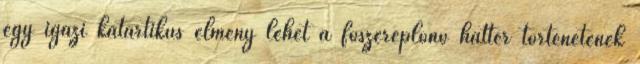
egy igazi katartikus élmény lehet a főszereplőnő háttér történetének